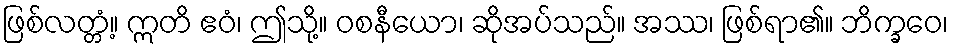
ဖြစ်လတ္တံ့။ ဣတိ ဧဝံ၊ ဤသို့။ ဝစနီယော၊ ဆိုအပ်သည်။ အဿ၊ ဖြစ်ရာ၏။ ဘိက္ခဝေ၊